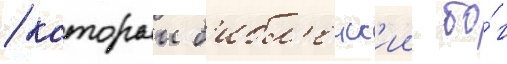
/ которыи б'ибл'еиск'ии бо́г